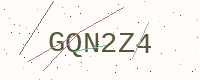
Text: GQN2Z4